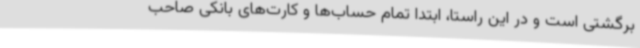
برگشتی است و در این راستا، ابتدا تمام حساب‌ها و کارت‌های بانکی صاحب